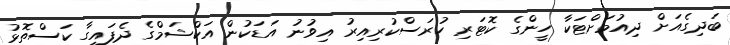
ބަދިގެއަށް ދިއުމަށްޓަކާ ހީންގެ ކޮޓަރި ހުރަސްކުރިއިރު އިވުނު އަޑަކުން އަކްޝަމްގެ ދެފައިގާ ކަސްތޮޅު